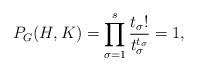
LaTeX: \begin{align*}P_G(H, K) = \prod_{\sigma = 1}^s \frac{t_\sigma!}{t_\sigma^{t_\sigma}} = 1, \end{align*}